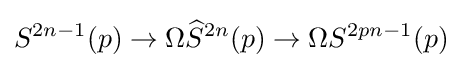
S^{2n-1}(p)\rightarrow \Omega {\widehat {S}}^{2n}(p)\rightarrow \Omega S^{2pn-1}(p)